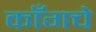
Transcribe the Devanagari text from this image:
काँगचे